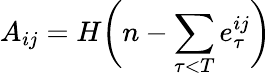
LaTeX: A_{ij}=H\bigg(n-\sum_{\tau<T}e_{\tau}^{ij}\bigg)